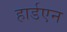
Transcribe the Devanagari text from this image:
हार्डएन